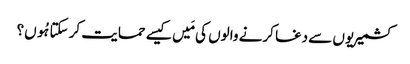
کشمیریوں سے دغا کرنے والوں کی مَیں کیسے حمایت کر سکتا ہُوں؟